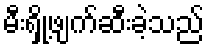
မီးရှို့ဖျက်ဆီးခဲ့သည်